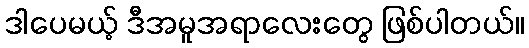
ဒါပေမယ့် ဒီအမူအရာလေးတွေ ဖြစ်ပါတယ်။